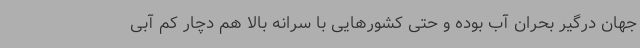
جهان درگیر بحران آب بوده و حتی کشورهایی با سرانه بالا هم دچار کم آبی